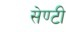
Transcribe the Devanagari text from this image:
सेण्टी